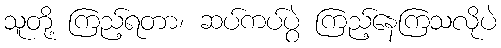
သူတို့ ကြည့်ရတာ၊ ဆပ်ကပ်ပွဲ ကြည့်နေကြသလိုပဲ